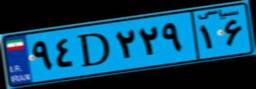
۸۲D۸۵۹۴۸